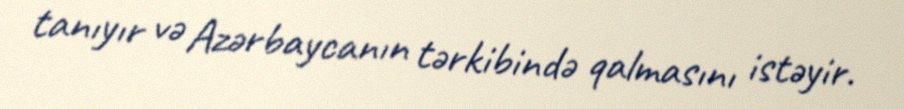
tanıyır və Azərbaycanın tərkibində qalmasını istəyir.